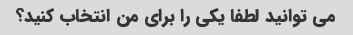
می توانید لطفا یکی را برای من انتخاب کنید؟